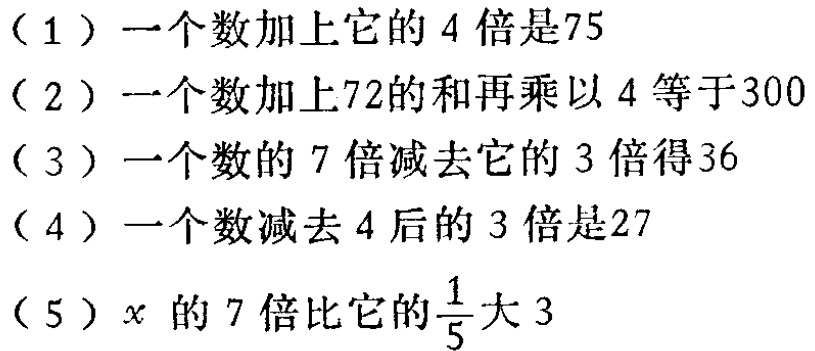
（1）一个数加上它的 4 倍是75

（2）一个数加上72的和再乘以 4 等于300

（3）一个数的 7 倍减去它的 3 倍得36

（4）一个数减去 4 后的 3 倍是27

（5）\(x\)的 7 倍比它的\(\frac{1}{5}\)大 3